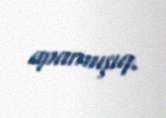
aparmışıq.